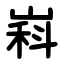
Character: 嵙